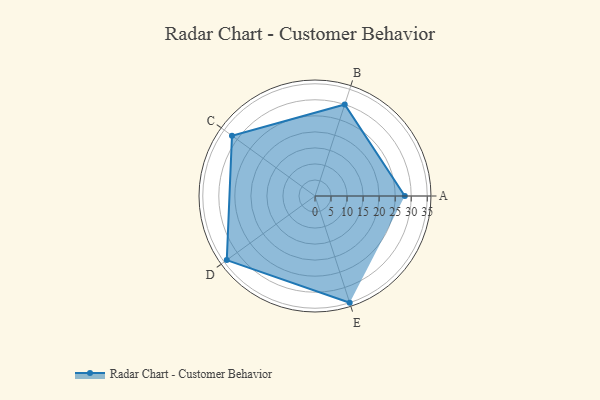
{"axis": {"x": "Skill", "y": "Score"}, "legend": ["Profile"], "data": [{"x": "A", "y": 28.0, "type": "Profile"}, {"x": "B", "y": 30.0, "type": "Profile"}, {"x": "C", "y": 32.0, "type": "Profile"}, {"x": "D", "y": 34.0, "type": "Profile"}, {"x": "E", "y": 35.0, "type": "Profile"}]}